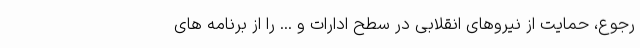
رجوع، حمایت از نیروهای انقلابی در سطح ادارات و ... را از برنامه های